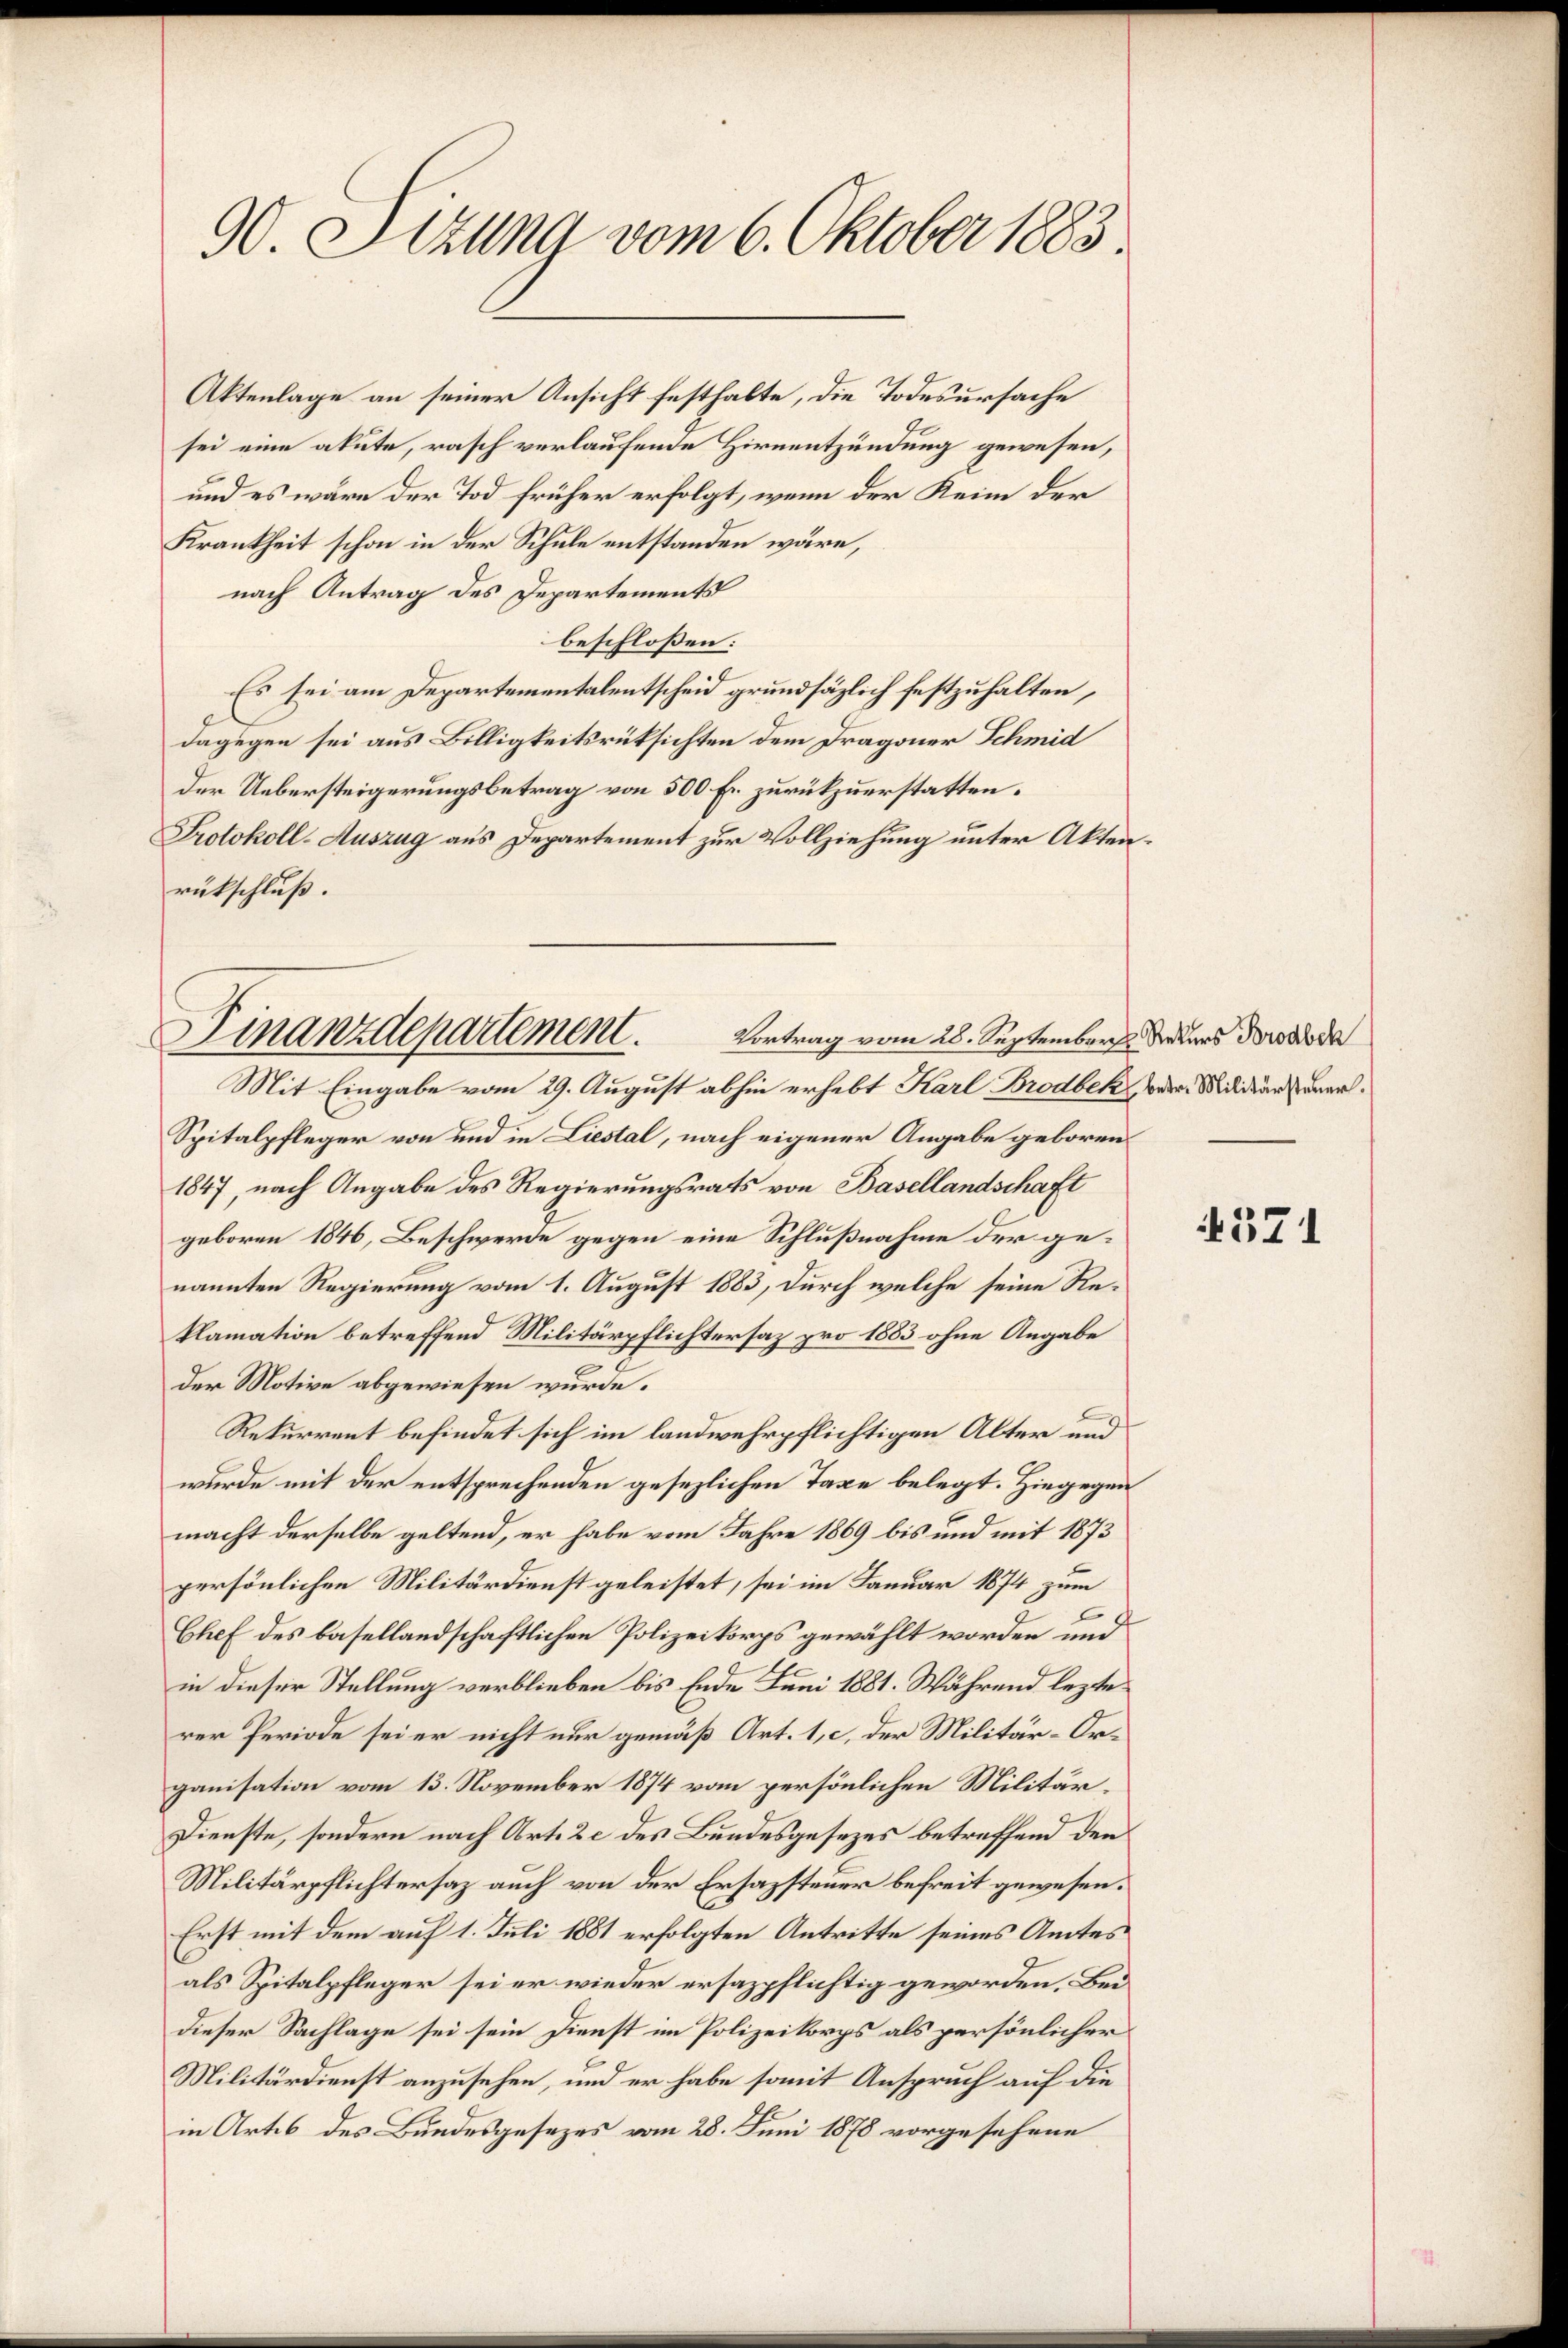
90. Sitzung vom 6. Oktober 1883.

Aktenlage an seiner Ansicht festhalte, die Todesursache
sei eine akute, rasch verlaufende Hirnentzündung gewesen,
und es wäre der Tod früher erfolgt, wenn der Keim der
Krankheit schon in der Schule entstanden wäre,
nach Antrag des Departements
beschloßen:
Es sei am Departementalentscheid grundsätzlich festzuhalten,
dagegen sei aus Billigkeitsrücksichten dem Dragoner Schmid
der Uebersteigerungsbetrag von 500 Fr. zurükzuerstatten.
Protokoll-Auszug aus Departement zur Vollziehung unter Aktenrükschluß.

Finanzdepartement.
Vortrag vom 28. September Unters Brode
Mit Eingabe vom 29. August abhin erhebt Karl Brodbek, oder Militansenam¬

Spitalpfleger von und in Liestal, nach eigener Angabe geboren.
1847, nach Angabe des Regierungsrats von Basellandschaft
geboren 1846, Beschwerde gegen eine Schlußnahme der genannten Regierung vom 1. August 1883, durch welche seine Reklamation betreffend Militärpflichtersaz pro 1883 ohne Angabe
.
der Motive abgewiesen würde.
Rekurrent befindet sich im landwehrpflichtigen Alter und
wurde mit der entsprechenden gesezlichen Taxe belegt. Hiegegen
macht derselbe geltend, er habe vom Jahre 1869 bis und mit 1873
persönlichen Militärdienst geleistet, sei im Januar 1874 zum
Chef des basellandschaftlichen Polizeikorps gewählt worden und
in dieser Stellung verblieben bis Ende Juni 1881. Während lezte
rer Periode sei er nicht nur gemäß Art. 1, c, der Militär-Organisation vom 13. November 1874 vom persönlichen Militär¬
Dienste, sondern nach Art. 2 c des Bundesgesezes betreffend den
Militärpflichtersaz auch von der Ersazsteuer befreit gewesen.
Erst mit dem auf 1. Juli 1881 erfolgten Antritte seines Amtes
als Spitalpfleger sei er wieder ersazpflichtig geworden. Bei
dieser Sachlage sei sein Dienst im Polizeikorps als persönlicher
Militärdienst anzusehen, und er habe somit Anspruch auf die
in Artes des Bundesgesezes vom 28. Juni 1878 vorgesehene

371